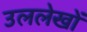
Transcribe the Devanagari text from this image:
उललेखों